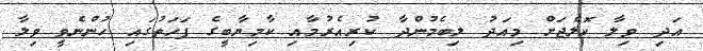
އަދި ވިލާ ކޮލެޖަށް މިއަދު ލިބެމުންދާ ކުރިއެރުމާއި ކާމިޔާބީގެ ފަހަތުގައި ހުންނެވީ ވިލާ